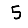
Digit: 5